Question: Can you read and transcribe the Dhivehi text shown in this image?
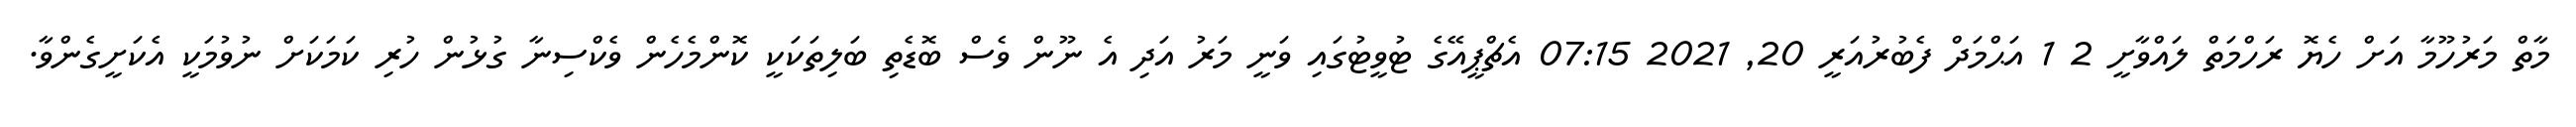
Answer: މާތް މަރުހޫމާ އަށް ހެޔޮ ރަހްމަތް ލައްވާށީ 2 1 އަޙްމަދް ފެބުރުއަރީ 20, 2021 07:15 އެޗްޕީއޭގެ ޓުވީޓުގައި ވަނީ މަރު އަދި އެ ނޫން ވެސް ބޮޑެތި ބަލިތަކަކީ ކޮންމެހެން ވެކްސިނާ ގުޅުން ހުރި ކަމަކަށް ނުވުމަކީ އެކަށީގެންވާ.